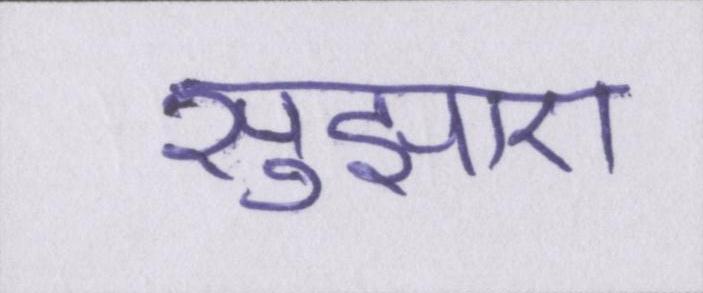
सुझाए